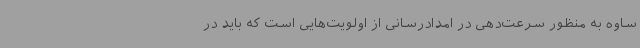
ساوه به منظور سرعت‌دهی در امدادرسانی از اولویت‌هایی است که باید در